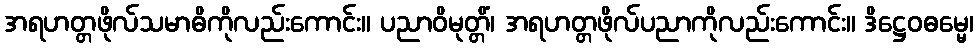
အရဟတ္တဖိုလ်သမာဓိကိုလည်းကောင်း။ ပညာဝိမုတ္တိံ၊ အရဟတ္တဖိုလ်ပညာကိုလည်းကောင်း။ ဒိဋ္ဌေဝဓမ္မေ၊